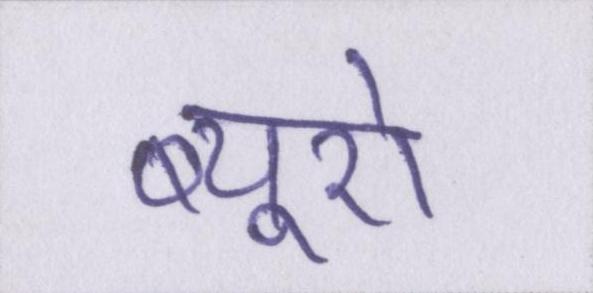
ब्यूरो